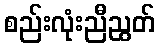
စည်းလုံးညီညွတ်